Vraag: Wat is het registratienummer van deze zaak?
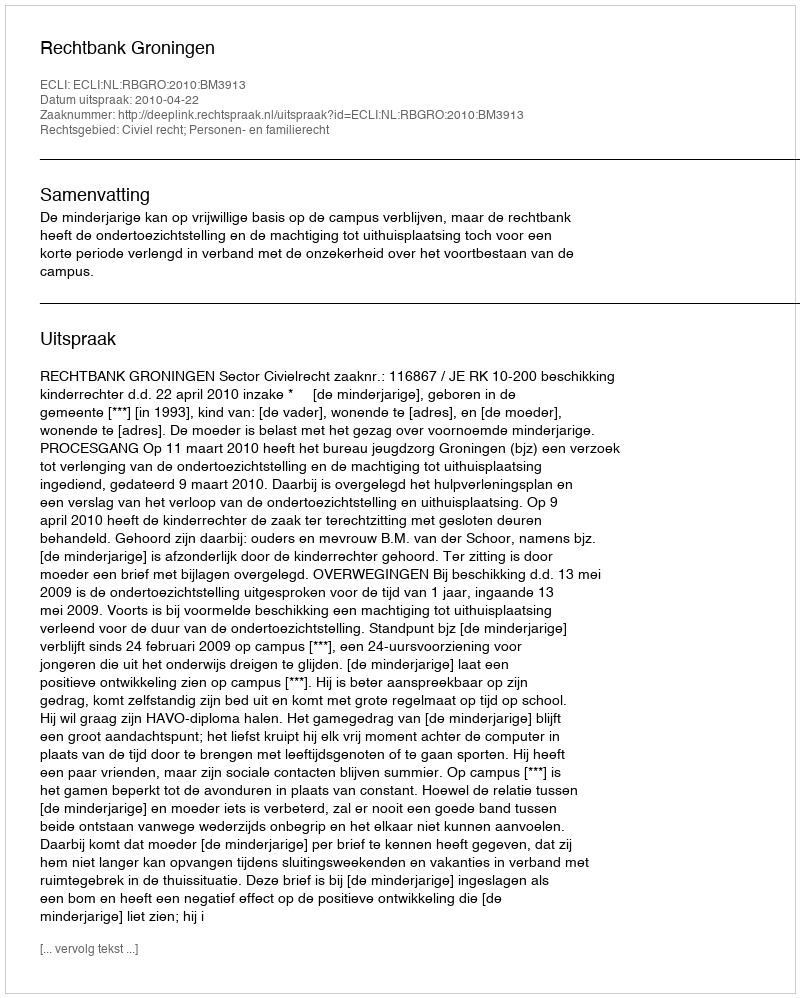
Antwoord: http://deeplink.rechtspraak.nl/uitspraak?id=ECLI:NL:RBGRO:2010:BM3913